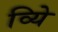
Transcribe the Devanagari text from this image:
व्यिे